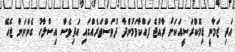
އަދި ޒަމާނީ ޑިމޮކްރަސީއަކަށް ރާއްޖެ ފައްކާވަމުންދާ ދުވަސްވަރެއްގައި އަދިވެސް އިސްލާހު ގެންނަން ޖެހޭ